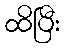
ထိပြီး